Report of the veterinary officer investigating camel disease
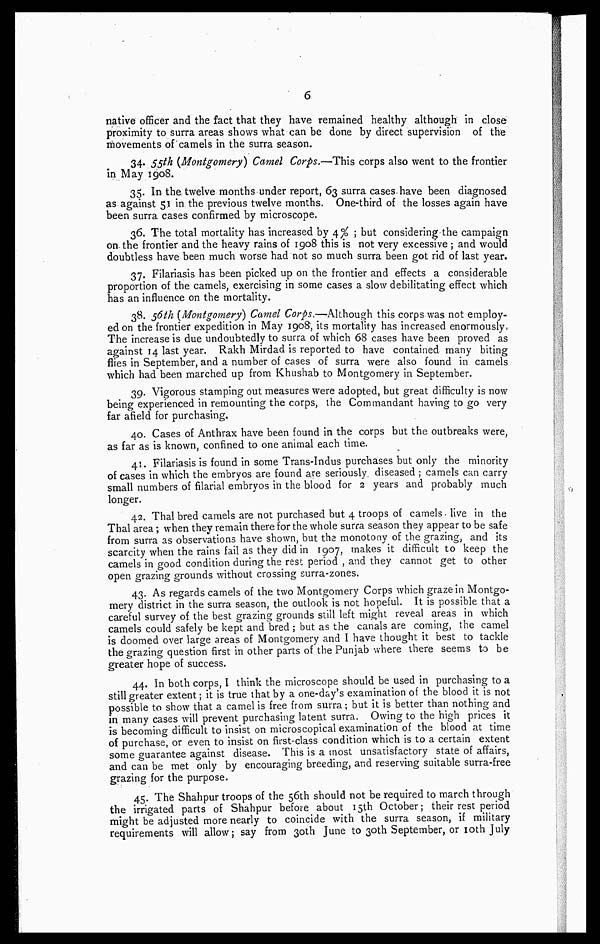
6
native officer and the fact that they have remained healthy although in close
proximity to surra areas shows what can be done by direct supervision of the
movements of camels in the surra season.
34. 55 th (Montgomery) Camel Corps.—This corps also went to the frontier
in May 1908.
35. In the twelve months under report, 63 surra cases, have been diagnosed
as against 51 in the previous twelve months. One-third of the losses again have
been surra cases confirmed by microscope.
36. The total mortality has increased by 4 % ; but considering the campaign
on the frontier and the heavy rains of 1908 this is not very excessive ; and would
doubtless have been much worse had not so much surra been got rid of last year.
37. Filariasis has been picked up on the frontier and effects a considerable
proportion of the camels, exercising in some cases a slow debilitating effect which
has an influence on the mortality.
38. 56th (Montgomery) Camel Corps.—Although this corps was not employ-
ed on the frontier expedition in May 1908, its mortality has increased enormously,
The increase is due undoubtedly to surra of which 68 cases have been proved as
against 14 last year. Rakh Mirdad is reported to have contained many biting
flies in September, and a number of cases of surra were also found in camels
which had been marched up from Khushab to Montgomery in September.
39. Vigorous stamping out measures were adopted, but great difficulty is now-
being experienced in remounting the corps, the Commandant having to go very
far afield for purchasing.
40. Cases of Anthrax have been found in the corps but the outbreaks were,
as far as is known, confined to one animal each time.
41. Filariasis is found in some Trans-Indus purchases but only the minority
of cases in which the embryos are found are seriously, diseased ; camels can carry
small numbers of filarial embryos in the blood for 2 years and probably much
longer.
42. Thal bred camels are not purchased but 4 troops of camels. live in the
Thal area; when they remain there for the whole surra season they appear to be safe
from surra as observations have shown, but the monotony of the grazing, and its
scarcity when the rains fail as they did in 1907, makes it difficult to keep the
camels in good condition during the rest period , and they cannot get to other
open grazing grounds without crossing surra-zones.
43. As regards camels of the two Montgomery Corps which graze in Montgo-
mery district in the surra season, the outlook is not hopeful. It is possible that a
careful survey of the best grazing grounds still left might reveal areas in which
camels could safely be kept and bred ; but as the canals are coming, the camel
is doomed over large areas of Montgomery and I have thought it best to tackle
the grazing question first in other parts of the Punjab where there seems to be
greater hope of success.
44. In both corps, I think the microscope should be used in purchasing to a
still greater extent; it is true that by a one-day's examination of the blood it is not
possible to show that a camel is free from surra; but it is better than nothing and
in many cases will prevent purchasing latent surra. Owing to the high prices it
is becoming difficult to insist on microscopical examination of the blood at time
of purchase, or even to insist on first-class condition which is to a certain extent
some guarantee against disease. This is a most unsatisfactory state of affairs,
and can be met only by encouraging breeding, and reserving suitable surra-free
grazing for the purpose.
45. The Shahpur troops of the 56th should not be required to march through
the irrigated parts of Shahpur before about 15th October; their rest period
might be adjusted more nearly to coincide with the surra season, if military
requirements will allow; say from 30th June to 30th September, or 10th July